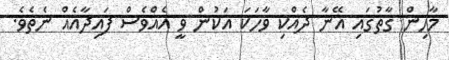
މާހިން ގާތުގައި އޭނާ ދެއްކި ވާހަކަ އަކުން ވީ އެއްވެސް ފައިދާއެއް ނެތެވެ.